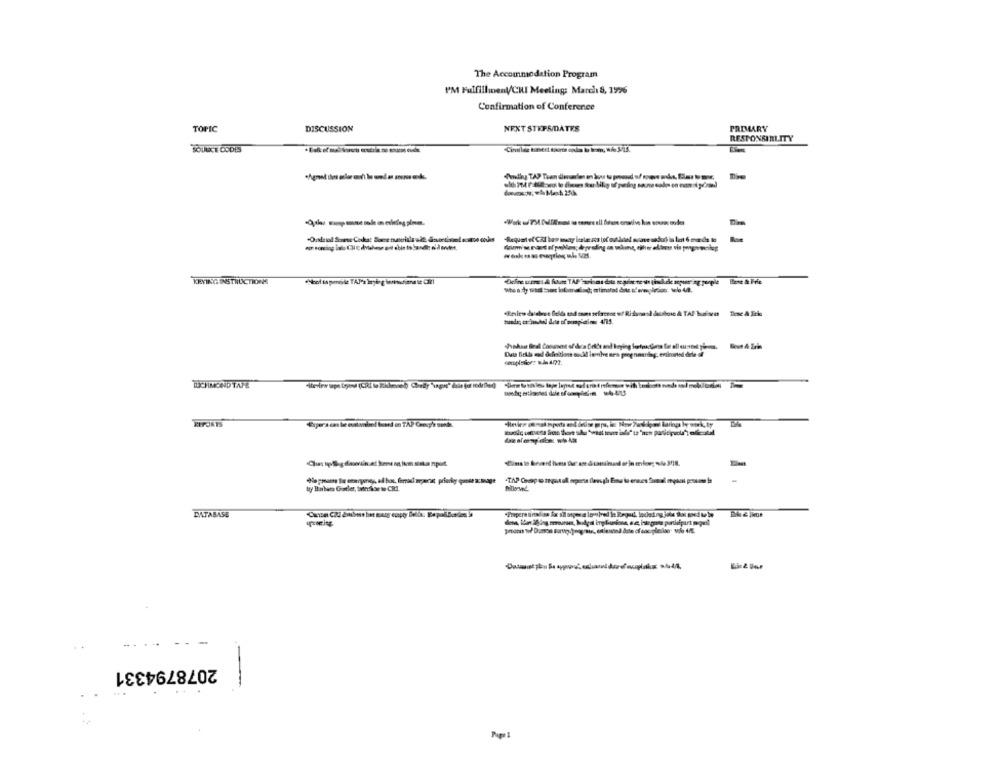
The Accommodation Program
PM Fulfillment/CRI Meeting: March 8, 1996
Confirmation of Conference
TOPIC
DISCUSSION
NEXT STEPS/DATES
PRIMARY
RESPONSIBILITY
SOURCE CODES
KEYING INSTRUCTIONS
BUCHIMONDTAFE
REPORTS
DATABASE
...
2078794331
...
-